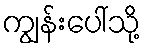
ကျွန်းပေါ်သို့